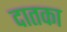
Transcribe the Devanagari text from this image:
दातका